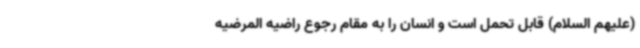
(علیهم السلام) قابل تحمل است و انسان را به مقام رجوع راضیه المرضیه